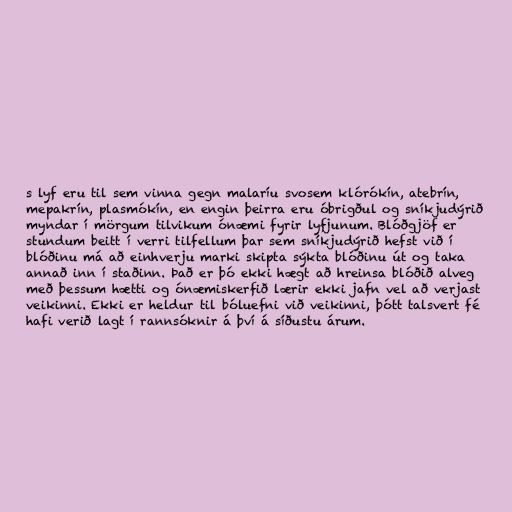
s lyf eru til sem vinna gegn malaríu svosem klórókín, atebrín,
mepakrín, plasmókín, en engin þeirra eru óbrigðul og sníkjudýrið
myndar í mörgum tilvikum ónæmi fyrir lyfjunum. Blóðgjöf er
stundum beitt í verri tilfellum þar sem sníkjudýrið hefst við í
blóðinu má að einhverju marki skipta sýkta blóðinu út og taka
annað inn í staðinn. Það er þó ekki hægt að hreinsa blóðið alveg
með þessum hætti og ónæmiskerfið lærir ekki jafn vel að verjast
veikinni. Ekki er heldur til bóluefni við veikinni, þótt talsvert fé
hafi verið lagt í rannsóknir á því á síðustu árum.